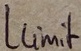
Text: Llimit